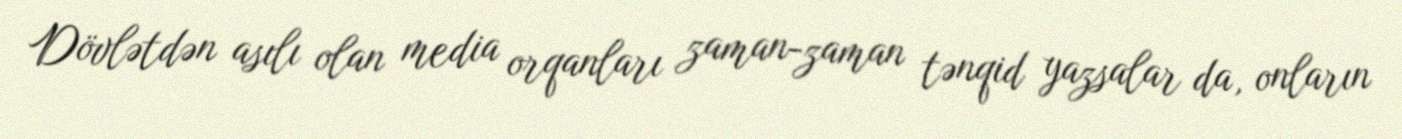
Dövlətdən asılı olan media orqanları zaman-zaman tənqid yazsalar da, onların